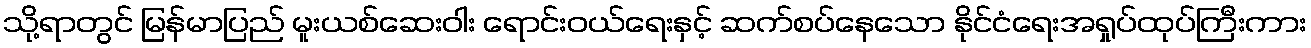
သို့ရာတွင် မြန်မာပြည် မူးယစ်ဆေးဝါး ရောင်းဝယ်ရေးနှင့် ဆက်စပ်နေသော နိုင်ငံရေးအရှုပ်ထုပ်ကြီးကား